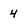
Character: 4